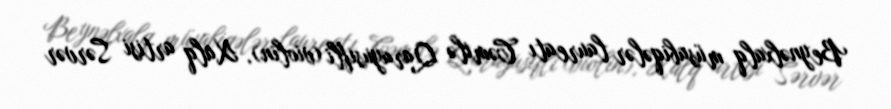
Beynəlxalq müsabiqələr laureatı Cəmilə Qarayusifli (violin), Xalq artisi Sərvər